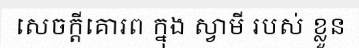
សេចក្តីគោរព ក្នុង ស្វាមី របស់ ខ្លួន